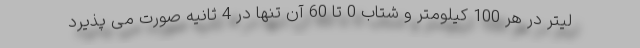
لیتر در هر 100 کیلومتر و شتاب 0 تا 60 آن تنها در 4 ثانیه صورت می پذیرد